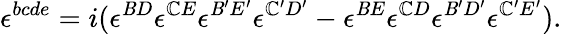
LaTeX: \epsilon^{bcde}=i(\epsilon^{\mathit{B}D}\epsilon^{\mathbb{C}E}\epsilon^{\mathit{B}^{\prime}E^{\prime}}\epsilon^{\mathbb{C}^{\prime}D^{\prime}}-\epsilon^{\mathit{B}E}\epsilon^{\mathbb{C}D}\epsilon^{\mathit{B}^{\prime}D^{\prime}}\epsilon^{\mathbb{C}^{\prime}E^{\prime}}).